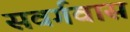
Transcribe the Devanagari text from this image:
सवर्गवास